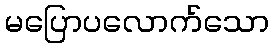
မပြောပလောက်သော